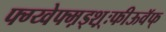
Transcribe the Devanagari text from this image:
फ्ग्य्वेफ्म़ड्श़़्ःफीऊवॅफ्